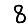
Digit: 8